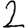
Digit: 2